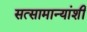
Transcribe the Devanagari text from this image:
सत्सामान्यांशी